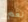
نعم